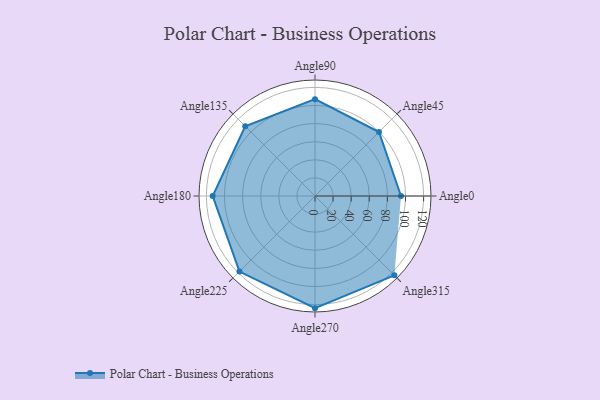
{"axis": {"x": "Angle", "y": "Radius"}, "legend": [""], "data": [{"x": "Angle0", "y": 95.0, "type": ""}, {"x": "Angle45", "y": 100.0, "type": ""}, {"x": "Angle90", "y": 107.0, "type": ""}, {"x": "Angle135", "y": 109.0, "type": ""}, {"x": "Angle180", "y": 113.0, "type": ""}, {"x": "Angle225", "y": 118.0, "type": ""}, {"x": "Angle270", "y": 124.0, "type": ""}, {"x": "Angle315", "y": 124.0, "type": ""}]}